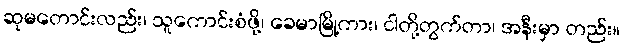
ဆုမတောင်းလည်း၊ သူကောင်းစံဖို့၊ ခေမာမြို့ကား၊ ငါတို့တွက်တာ၊ အနီးမှာ တည်း။